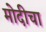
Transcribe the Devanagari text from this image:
मोदीचा